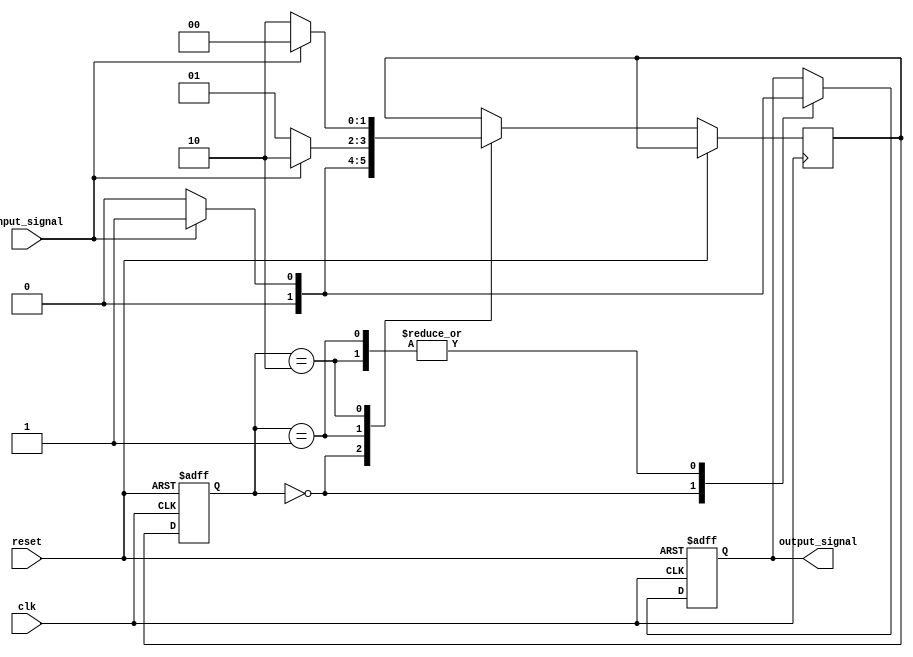
module mealy_state_machine (
    input clk,
    input reset,
    input input_signal,
    output reg output_signal
);

// Define states
parameter STATE_A = 2'b00;
parameter STATE_B = 2'b01;
parameter STATE_C = 2'b10;

// Define state registers
reg [1:0] current_state;
reg [1:0] next_state;

// State machine logic
always @(posedge clk or posedge reset) begin
    if (reset) begin
        current_state <= STATE_A;
        output_signal <= 1'b0;
    end else begin
        current_state <= next_state;
        case (current_state)
            STATE_A: begin
                if (input_signal) begin
                    next_state <= STATE_B;
                    output_signal <= 1'b0;
                end else begin
                    next_state <= STATE_A;
                    output_signal <= 1'b0;
                end
            end
            STATE_B: begin
                if (input_signal) begin
                    next_state <= STATE_C;
                    output_signal <= 1'b1;
                end else begin
                    next_state <= STATE_B;
                    output_signal <= 1'b0;
                end
            end
            STATE_C: begin
                if (input_signal) begin
                    next_state <= STATE_A;
                    output_signal <= 1'b1;
                end else begin
                    next_state <= STATE_C;
                    output_signal <= 1'b0;
                end
            end
        endcase
    end
end

endmodule